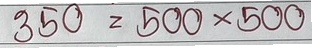
350 = 500x500